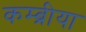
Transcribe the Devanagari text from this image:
कम्ब्रीया